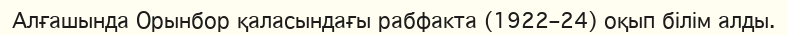
Алғашында Орынбор қаласындағы рабфакта (1922–24) оқып білім алды.